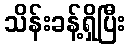
သိန်းခန့်ရှိပြီး